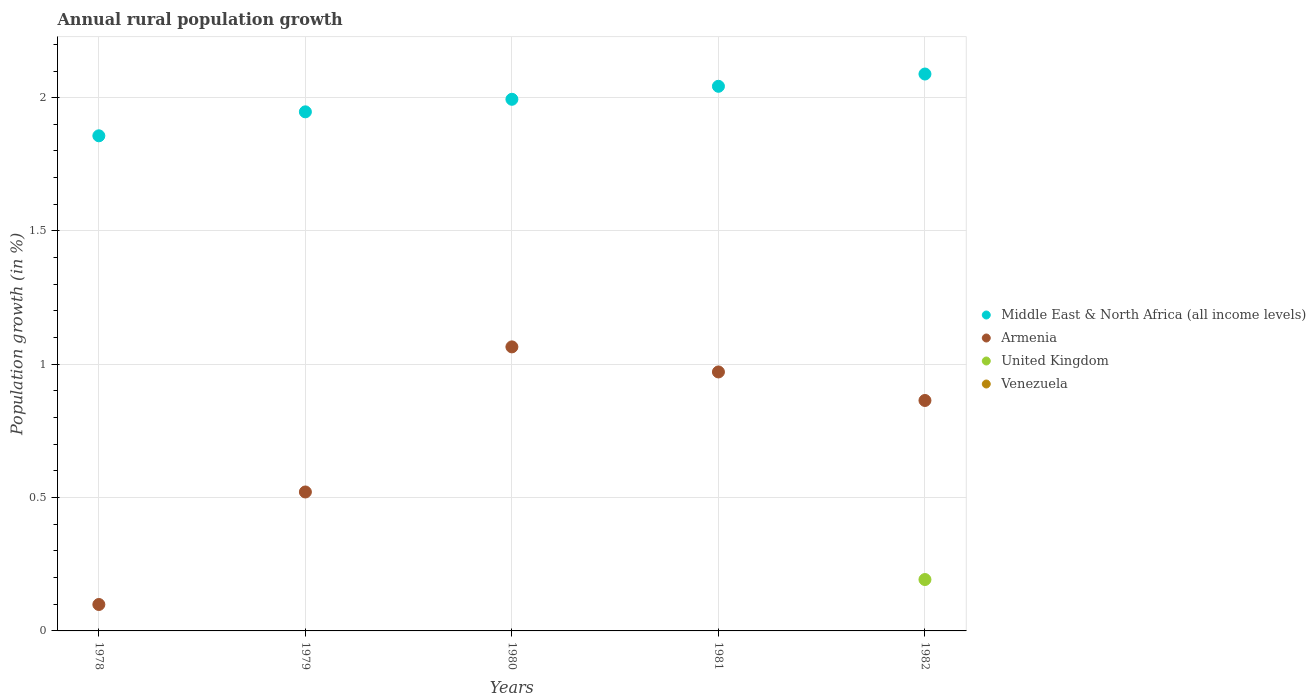
| Years | Middle East & North Africa (all income levels) | Armenia | United Kingdom | Venezuela |
 | --- | --- | --- | --- | --- |
 | 1978 | 1.86 | 0.0991 | -0.72 | -0.243 |
 | 1979 | 1.95 | 0.521 | -0.641 | -0.295 |
 | 1980 | 1.99 | 1.07 | -0.612 | -0.361 |
 | 1981 | 2.04 | 0.971 | -0.464 | -0.411 |
 | 1982 | 2.09 | 0.864 | 0.193 | -0.169 |